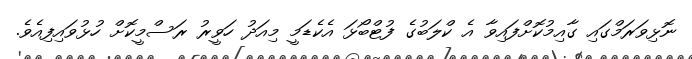
ނޮޅިވަރަމްގައި ގާއިމުކޮށްފައިވާ އެ ކްލަބުގެ ފުޓްބޯޅަ އެކެޑަމީ މިއަދު ހަވީރު ރަސްމީކޮށް ހުޅުވައިފިއެވެ.